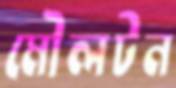
মৌলটন